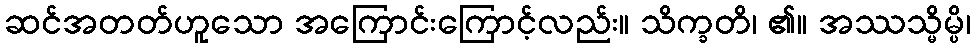
ဆင်အတတ်ဟူသော အကြောင်းကြောင့်လည်း။ သိက္ခတိ၊ ၏။ အဿသ္မိမ္ပိ၊